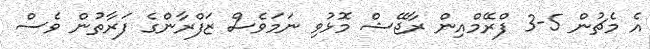
އެ މެޗުން 5-3 ފްރޭމްއިން ރާޖޭޝް މޮޅުވި ނަމަވެސް ޒަފްރާންގެ ފަރާތުން ވެސް